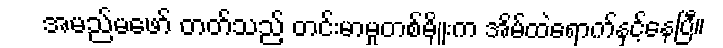
အမည်မဖော် တတ်သည့် တင်းမာမှုတစ်မျိုးက အိမ်ထဲရောက်နှင့်နေပြီ။